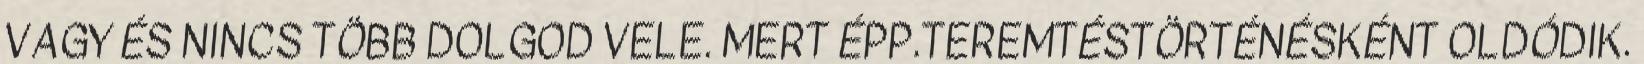
VAGY ÉS NINCS TÖBB DOLGOD VELE. MERT ÉPP.TEREMTÉSTÖRTÉNÉSKÉNT OLDÓDIK.